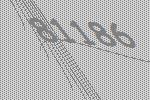
81186